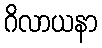
ဂိလာယနာ